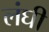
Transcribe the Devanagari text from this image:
लंघी